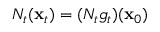
N _ { t } ( { \mathbf { x } } _ { t } ) = ( N _ { t } g _ { t } ) ( { \mathbf { x } } _ { 0 } )